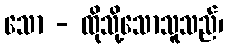
သော - ထိုသို့သောသူသည်၊